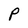
Character: P